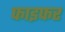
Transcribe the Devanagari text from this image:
फाइफर